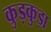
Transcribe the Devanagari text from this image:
कुड़कुड़ा